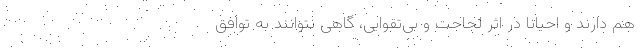
هم دارند و احیاناً در اثر لجاجت و بی‌تقوایی، گاهی نتوانند به توافق